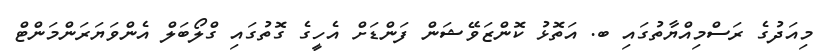
މިއަދުގެ ރަސްމިއްޔާތުގައި ބ. އަތޮޅު ކޮންޒަވޭޝަން ފަންޑަށް އެހީގެ ގޮތުގައި ގްލޯބަލް އެންވަޔަރަންމަންޓް